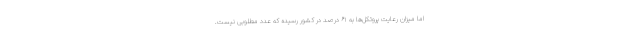
اما میزان رعایت پروتکل‌ها به ۶۱ درصد در کشور رسیده که عدد مطلوبی نیست.